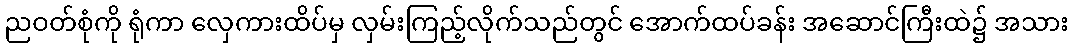
ညဝတ်စုံကို ရုံကာ လှေကားထိပ်မှ လှမ်းကြည့်လိုက်သည်တွင် အောက်ထပ်ခန်း အဆောင်ကြီးထဲ၌ အသား